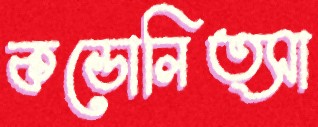
কন্ডোলিত্সা